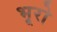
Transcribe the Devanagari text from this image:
भूरो